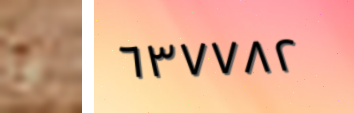
يا ٦٣٧٧٨٢